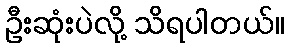
ဦးဆုံးပဲလို့ သိရပါတယ်။